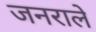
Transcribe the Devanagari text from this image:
जनराले